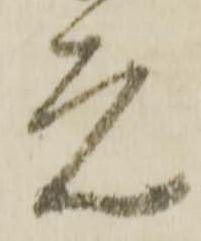
元